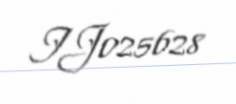
IJ025628